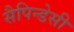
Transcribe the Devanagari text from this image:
सैपिन्डेसी